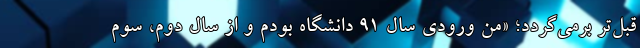
قبل‌تر برمی‌گردد؛ «من ورودی سال ۹۱ دانشگاه بودم و از سال دوم، سوم